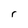
Character: r